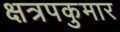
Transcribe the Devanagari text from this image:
क्षत्रपकुमार